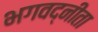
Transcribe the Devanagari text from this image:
भगवद्नीता